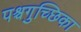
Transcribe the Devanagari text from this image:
पश्चगुच्छिका